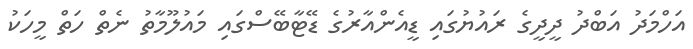
އަހްމަދު އަބްދު ދީދީގެ ރައުޔުގައި ޑީއެންއާރުގެ ޑޭޓާބޭސްގައި މައުލޫމާތު ނެތް ހަތް މީހަކު